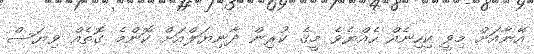
އޭނާއަށް މިވީ ކިހިނެއް ހެއްޔެވެ މީގެ ކުރިން ދާނިޔަލްއަށް ކޮންމެ ގޮތެއް ވިޔަސް